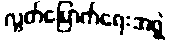
လွတ်မြောက်ရေးအဖွဲ့